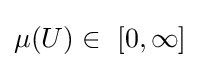
\mu (U)\in \ [0,\infty ]